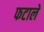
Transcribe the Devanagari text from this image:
फटाले